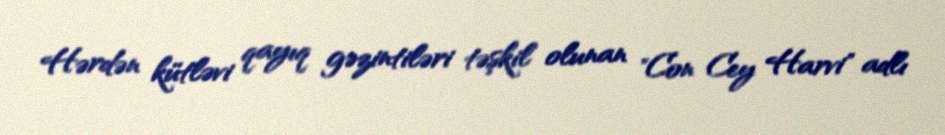
Hərdən kütləvi qayıq gəzintiləri təşkil olunan "Con Cey Harvi" adlı